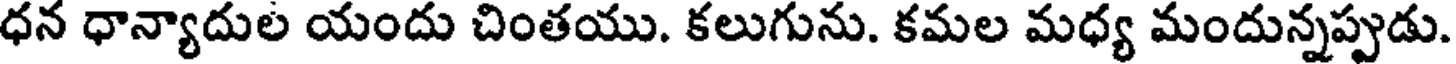
ధన ధాన్యాదుల యందు చింతయు. కలుగును. కమల మధ్య మందున్నప్పుడు.